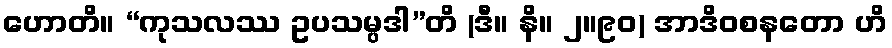
ဟောတိ။ “ကုသလဿ ဥပသမ္ပဒါ”တိ (ဒီ။ နိ။ ၂။၉၀) အာဒိဝစနတော ဟိ